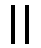
။